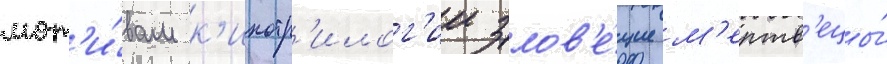
мот'и́вам к'инотр'илог'ии злов'е́щие м'ертв'ецы́